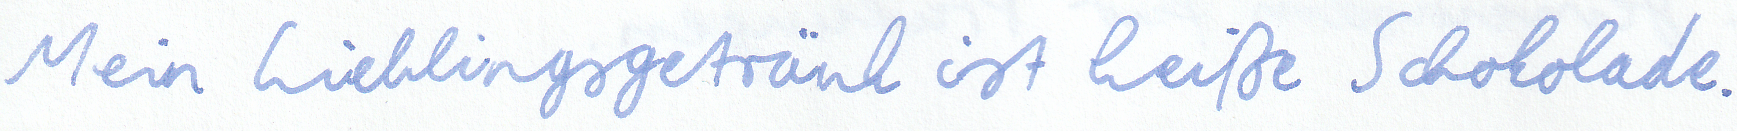
Mein Lieblingsgetränk ist heiße Schokolade.